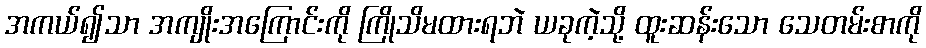
အကယ်၍သာ အကျိုးအကြောင်းကို ကြိုသိမထားရဘဲ ယခုကဲ့သို့ ထူးဆန်းသော သေတမ်းစာကို